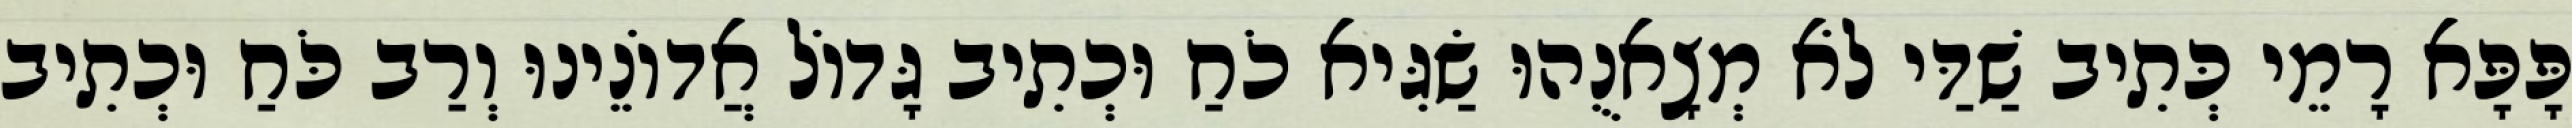
פָּפָּא רָמֵי כְּתִיב שַׁדַּי לֹא מְצָאנֻהוּ שַׂגִּיא כֹחַ וּכְתִיב גָּדוֹל אֲדוֹנֵינוּ וְרַב כֹּחַ וּכְתִיב